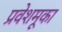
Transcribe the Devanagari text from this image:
प्रवेशमूका